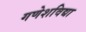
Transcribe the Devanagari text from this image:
गणेशविद्या